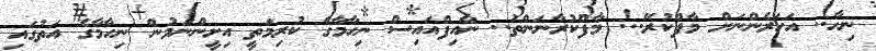
ނިހާ.. އަހަރެންނަށް މާފްކުރޭ..! މާފްކުރާނަންތަ.. ނާއިފްއައިސް ނިހާމާގެ ކުރިމަތީ އިށީންނަމުން ނިހާމާގެ އަތުގައި